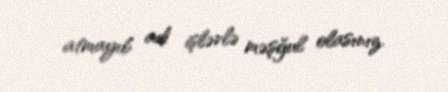
atmayıb adi işlərlə məşğul olasınız.